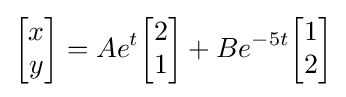
{\begin{bmatrix}x\\y\end{bmatrix}}=Ae^{t}{\begin{bmatrix}2\\1\end{bmatrix}}+Be^{-5t}{\begin{bmatrix}1\\2\end{bmatrix}}